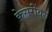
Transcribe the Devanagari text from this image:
केसरींवर